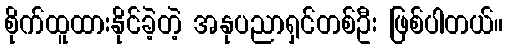
စိုက်ထူထားနိုင်ခဲ့တဲ့ အနုပညာရှင်တစ်ဦး ဖြစ်ပါတယ်။